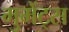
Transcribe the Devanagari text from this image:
मुमेंट्स